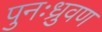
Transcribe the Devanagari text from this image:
पुनःध्रुवण